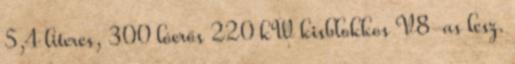
5,4 literes, 300 lóerős 220 kW kisblokkos V8-as lesz.